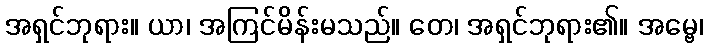
အရှင်ဘုရား။ ယာ၊ အကြင်မိန်းမသည်။ တေ၊ အရှင်ဘုရား၏။ အမ္ဗေ၊